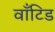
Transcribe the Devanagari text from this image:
वाँटिड